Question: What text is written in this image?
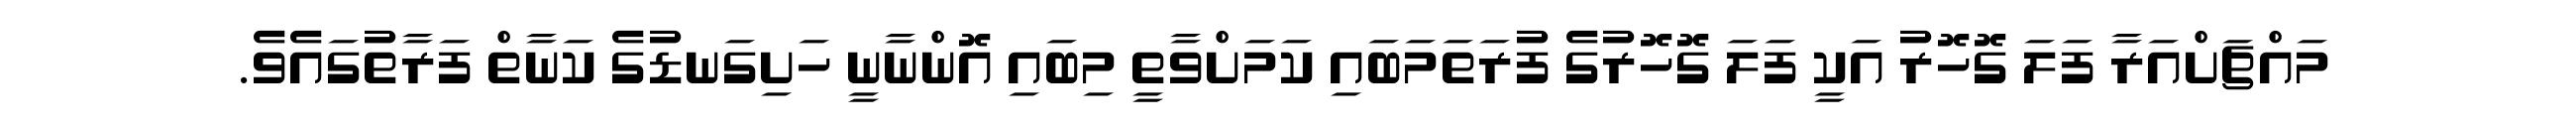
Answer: މައްޗަށްއަރާ ފަލަ ގޮހޮރު އަކީ ފަލަ ގޮހޮރުގެ ފުރަތަމަބައި ކަމަށްވާތީ މިބައި އޮންނާނީ ހަށިގަނޑުގެ ކަނާތް ފަރާތުގައެވެ.